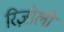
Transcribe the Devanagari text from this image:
रिज़ोली